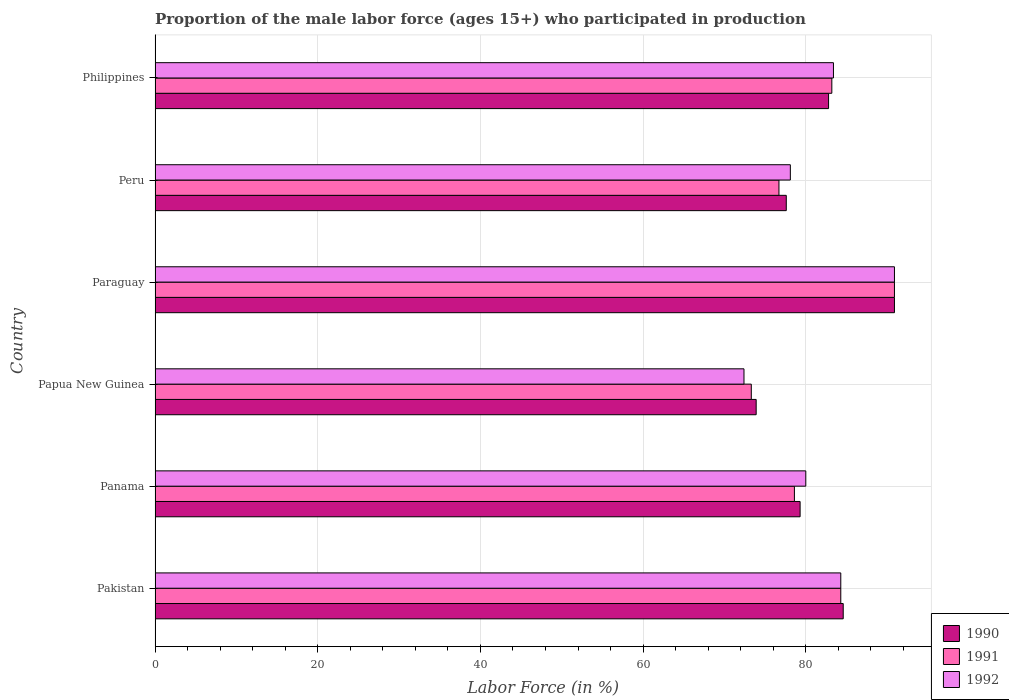
| Country | 1990 | 1991 | 1992 |
 | --- | --- | --- | --- |
 | Pakistan | 84.6 | 84.3 | 84.3 |
 | Panama | 79.3 | 78.6 | 80 |
 | Papua New Guinea | 73.9 | 73.3 | 72.4 |
 | Paraguay | 90.9 | 90.9 | 90.9 |
 | Peru | 77.6 | 76.7 | 78.1 |
 | Philippines | 82.8 | 83.2 | 83.4 |